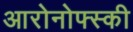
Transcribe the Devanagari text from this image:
आरोनोफ्स्की